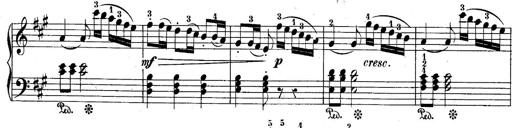
Title: 10 Sonatines progressives
Composer: Anton Schmoll